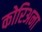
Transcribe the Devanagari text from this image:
कोरिअना